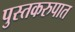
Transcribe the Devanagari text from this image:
पुस्तकरुपात